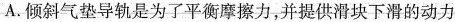
A.倾斜气垫导轨是为了平衡摩擦力，并提供滑块下滑的动力